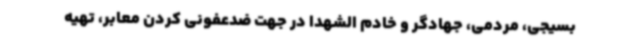
بسیجی، مردمی، جهادگر و خادم الشهدا در جهت ضدعفونی کردن معابر، تهیه